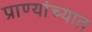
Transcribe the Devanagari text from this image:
प्राण्यांच्यात